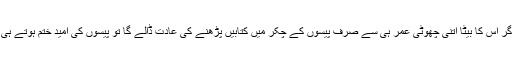
کچھ لوگوں کا یہ بھی کہنا تھا کہ اگر اس کا بیٹا اتنی چھوٹی عمر ہی سے صرف پیسوں کے چکر میں کتابیں پڑھنے کی عادت ڈالے گا تو پیسوں کی امید ختم ہوتے ہی وہ کتابیں پڑھنا بھی چھوڑ دے گا۔